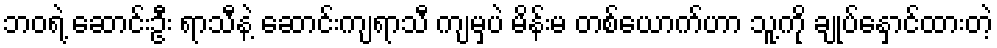
ဘဝရဲ့ ဆောင်းဦး ရာသီနဲ့ ဆောင်းကျရာသီ ကျမှပဲ မိန်းမ တစ်ယောက်ဟာ သူ့ကို ချုပ်နှောင်ထားတဲ့